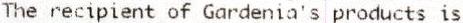
THE RECIPIENT OF GARDENIA'S PRODUCTS IS